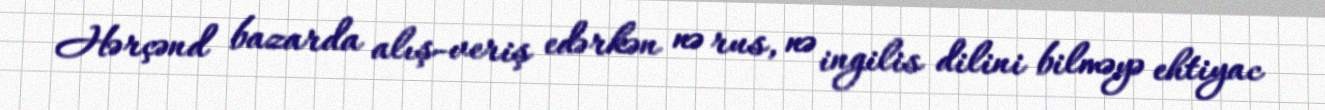
Hərçənd bazarda alış-veriş edərkən nə rus, nə ingilis dilini bilməyə ehtiyac